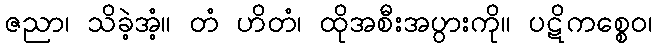
ဇညာ၊ သိခဲ့အံ့။ တံ ဟိတံ၊ ထိုအစီးအပွားကို။ ပဋိကစ္စေဝ၊